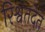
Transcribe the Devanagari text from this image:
रिश्वतदेते